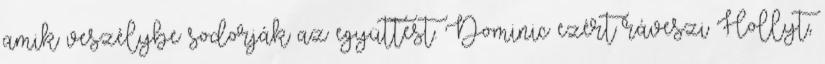
amik veszélybe sodorják az együttest. Dominic ezért ráveszi Hollyt,